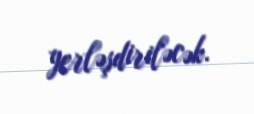
yerləşdiriləcək.